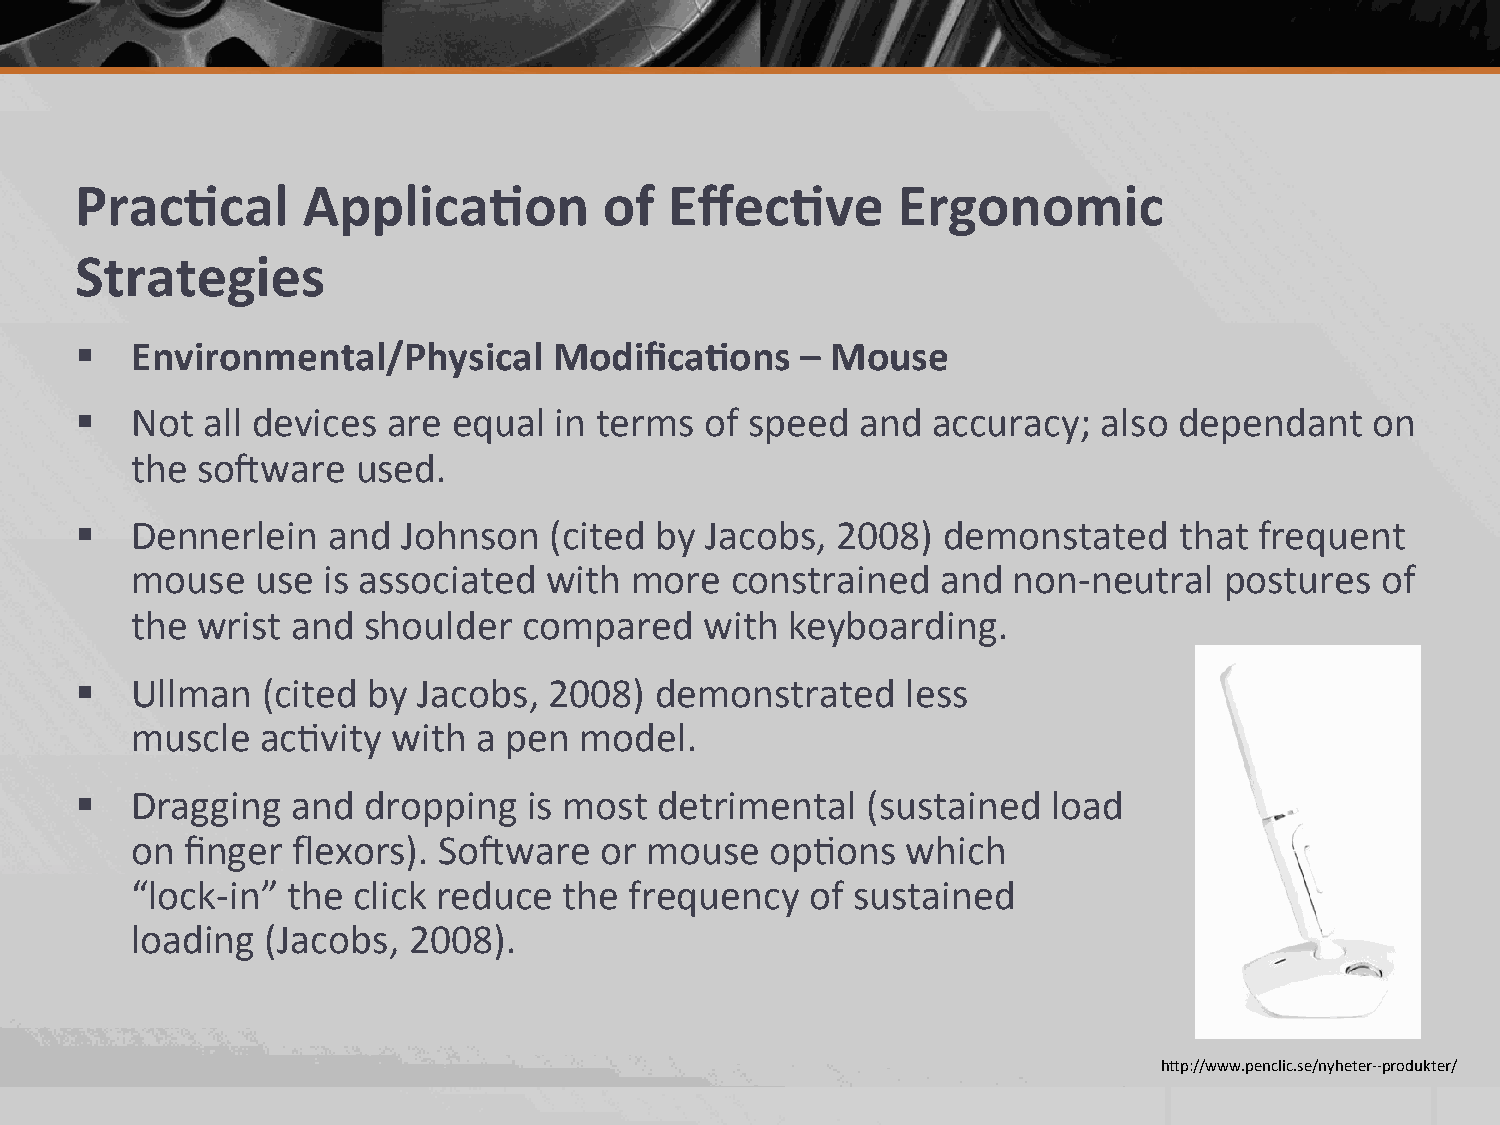
Prac.cal       Applica.on          of  Effec.ve       Ergonomic
 Strategies
 §  Environmental/Physical      Modifica.ons    – Mouse
 §  Not all devices  are equal  in terms  of speed  and  accuracy;  also dependant    on
 the so;ware    used.
 §  Dennerlein   and  Johnson  (cited by  Jacobs, 2008)  demonstated     that frequent
 mouse   use is associated  with  more  constrained   and  non-­‐neutral postures  of
 the wrist and  shoulder   compared    with keyboarding.
 §  Ullman  (cited by  Jacobs, 2008)  demonstrated     less
 muscle  ac2vity  with  a pen model.
 §  Dragging  and  dropping   is most detrimental   (sustained   load
 on finger flexors). So;ware    or mouse   op2ons   which
 “lock-­‐in” the click reduce the frequency   of sustained
 loading  (Jacobs, 2008).
 hbp://www.penclic.se/nyheter-­‐-­‐produkter/